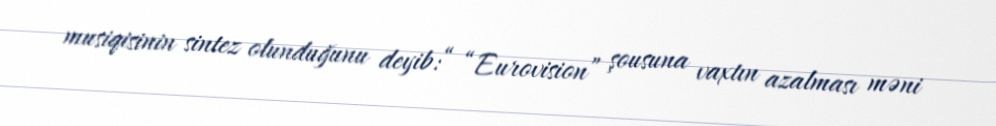
musiqisinin sintez olunduğunu deyib:“ “Eurovision” şousuna vaxtın azalması məni